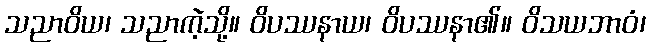
သညာဝိယ၊ သညာကဲ့သို့။ ဝိပဿနာယ၊ ဝိပဿနာ၏။ ဝိသယဘာဝံ၊